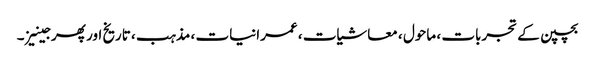
بچپن کے تجربات ، ماحول ، معاشیات ، عمرانیات ، مذہب ، تاریخ اور پھر جینیز ۔